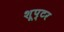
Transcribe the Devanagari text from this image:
शूप्टर